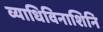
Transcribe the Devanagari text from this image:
व्याधिविनाशिनि